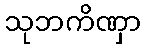
သုဘကိဏှာ